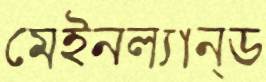
মেইনল্যান্ড